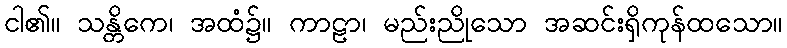
ငါ၏။ သန္တိကေ၊ အထံ၌။ ကာဠာ၊ မည်းညိုသော အဆင်းရှိကုန်ထသော။